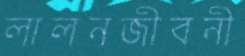
লালনজীবনী